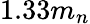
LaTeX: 1.33m_{n}